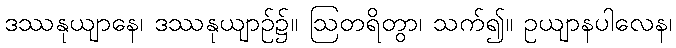
ဒဿနုယျာနေ၊ ဒဿနုယျာဉ်၌။ ဩတရိတွာ၊ သက်၍။ ဥယျာနပါလေန၊